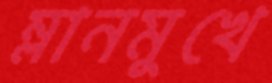
ম্লানমুখে